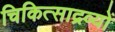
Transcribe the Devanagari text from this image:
चिकित्साद्रव्यों